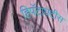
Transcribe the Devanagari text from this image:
हिपॅटायटीस